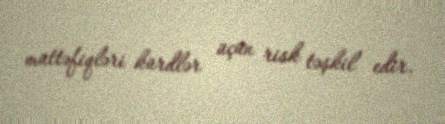
müttəfiqləri kürdlər üçün risk təşkil edir.